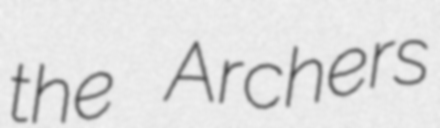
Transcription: the Archers